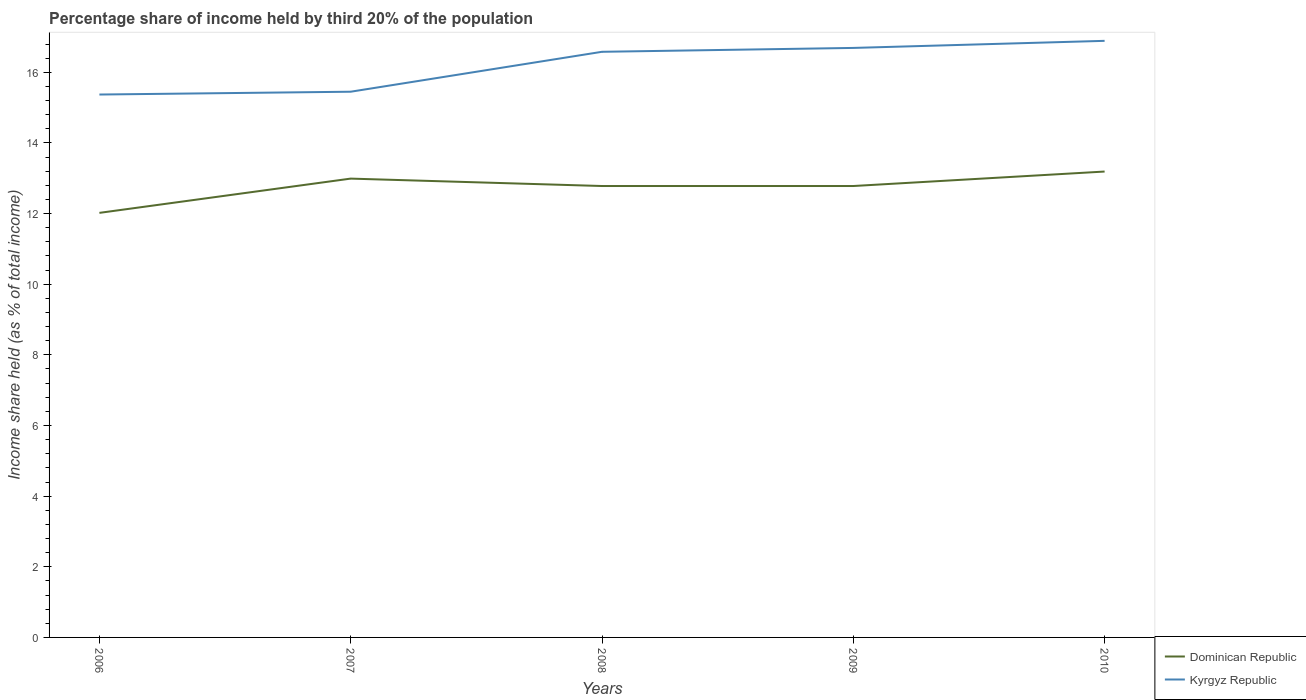
| Years | Dominican Republic | Kyrgyz Republic |
 | --- | --- | --- |
 | 2006 | 12 | 15.4 |
 | 2007 | 13 | 15.4 |
 | 2008 | 12.8 | 16.6 |
 | 2009 | 12.8 | 16.7 |
 | 2010 | 13.2 | 16.9 |